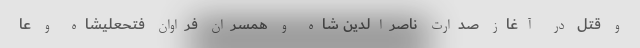
و قتل در آغاز صدارت ناصر‌الدین شاه و همسران فراوان فتحعلیشاه و عا